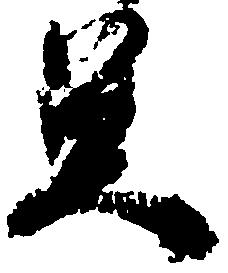
足